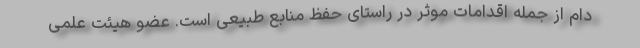
دام از جمله اقدامات موثر در راستای حفظ منابع طبیعی است. عضو هیئت علمی